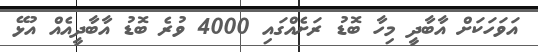
އަވަހަކަށް އާބާދީ މިހާ ބޮޑު ރަށެއްގައި 4000 ވުރެ ބޮޑު އާބާދީއެއް އުޅޭ